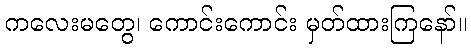
ကလေးမတွေ၊ ကောင်းကောင်း မှတ်ထားကြနော်။